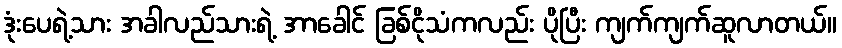
ဒုံးပေရဲ့သား အခါလည်သားရဲ့ အာခေါင် ခြစ်ငိုသံကလည်း ပိုပြီး ကျက်ကျက်ဆူလာတယ်။